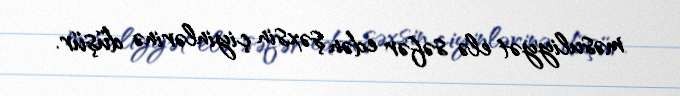
məsuliyyət elə səfər edən şəxsin çiyinlərinə düşür.